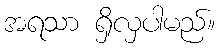
အရသာ ရှိလှပါမည်။